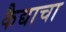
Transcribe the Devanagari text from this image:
कैद्याचा